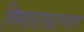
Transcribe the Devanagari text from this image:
विमानतळाच्याच